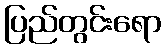
ပြည်တွင်းရော